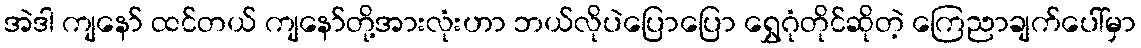
အဲဒါ ကျနော် ထင်တယ် ကျနော်တို့အားလုံးဟာ ဘယ်လိုပဲပြောပြော ရွှေဂုံတိုင်ဆိုတဲ့ ကြေညာချက်ပေါ်မှာ